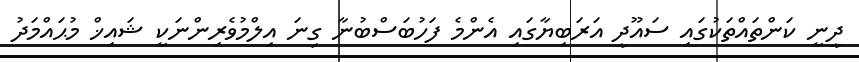
ދީނީ ކަންތައްތަކުގައި ސައޫދީ އަރަބިޔާގައި އެންމެ ފަހުބަސްބުނާ ގިނަ އިލްމުވެރިންނަކީ ޝައިޚް މުޙައްމަދު